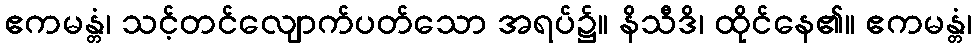
ဧကမန္တံ၊ သင့်တင်လျောက်ပတ်သော အရပ်၌။ နိသီဒိ၊ ထိုင်နေ၏။ ဧကမန္တံ၊